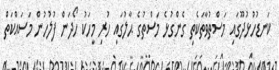
ކަނޑުހުޅުދޫގައި މަސްތުވާތަކެތި ގެންގުޅެ މަސްތުގެ ޙާލުގައި ހުރި މީހަކު ހޯދަން ފުލުހުން މަސައްކަތް